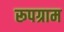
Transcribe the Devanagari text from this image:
रूपग्राम